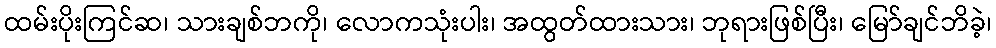
ထမ်းပိုးကြင်ဆ၊ သားချစ်ဘကို၊ လောကသုံးပါး၊ အထွတ်ထားသား၊ ဘုရားဖြစ်ပြီး၊ မြော်ချင်ဘိခဲ့၊